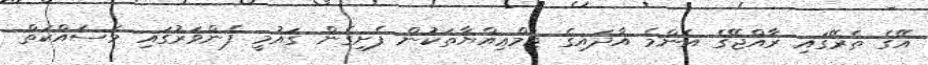
އޭގެ ތެރޭގައި ރާއްޖޭގެ އެންމެ އާދައިގެ ޖަމްޢިއްޔާތަކުން ފެށިގެން ގައުމީ ފެންވަރުގައި މަސައްކަތް